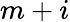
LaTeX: m+i